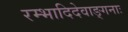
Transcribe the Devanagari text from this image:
रम्भादिदेवाङ्गनाः